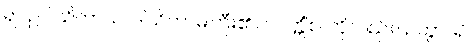
၍။ ဥပါသိကာယ၊ ဒါယိကာမကြီး၏။ ပဝတ္တိံစ၊ ကိုလည်း။ ဉတွာ၊ ၍။